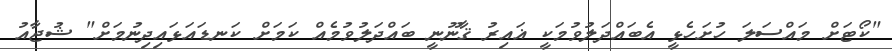
"ކޯޓަށް މައްސަލަ ހުށަހެޅީ އެބައްދަލުވުމަކީ ޣައިރު ޤާނޫނީ ބައްދަލުވުމެއް ކަމަށް ކަނޑައަޅައިދިނުމަށް" ޝުޖާއު